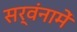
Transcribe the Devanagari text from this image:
सर्वंनामें